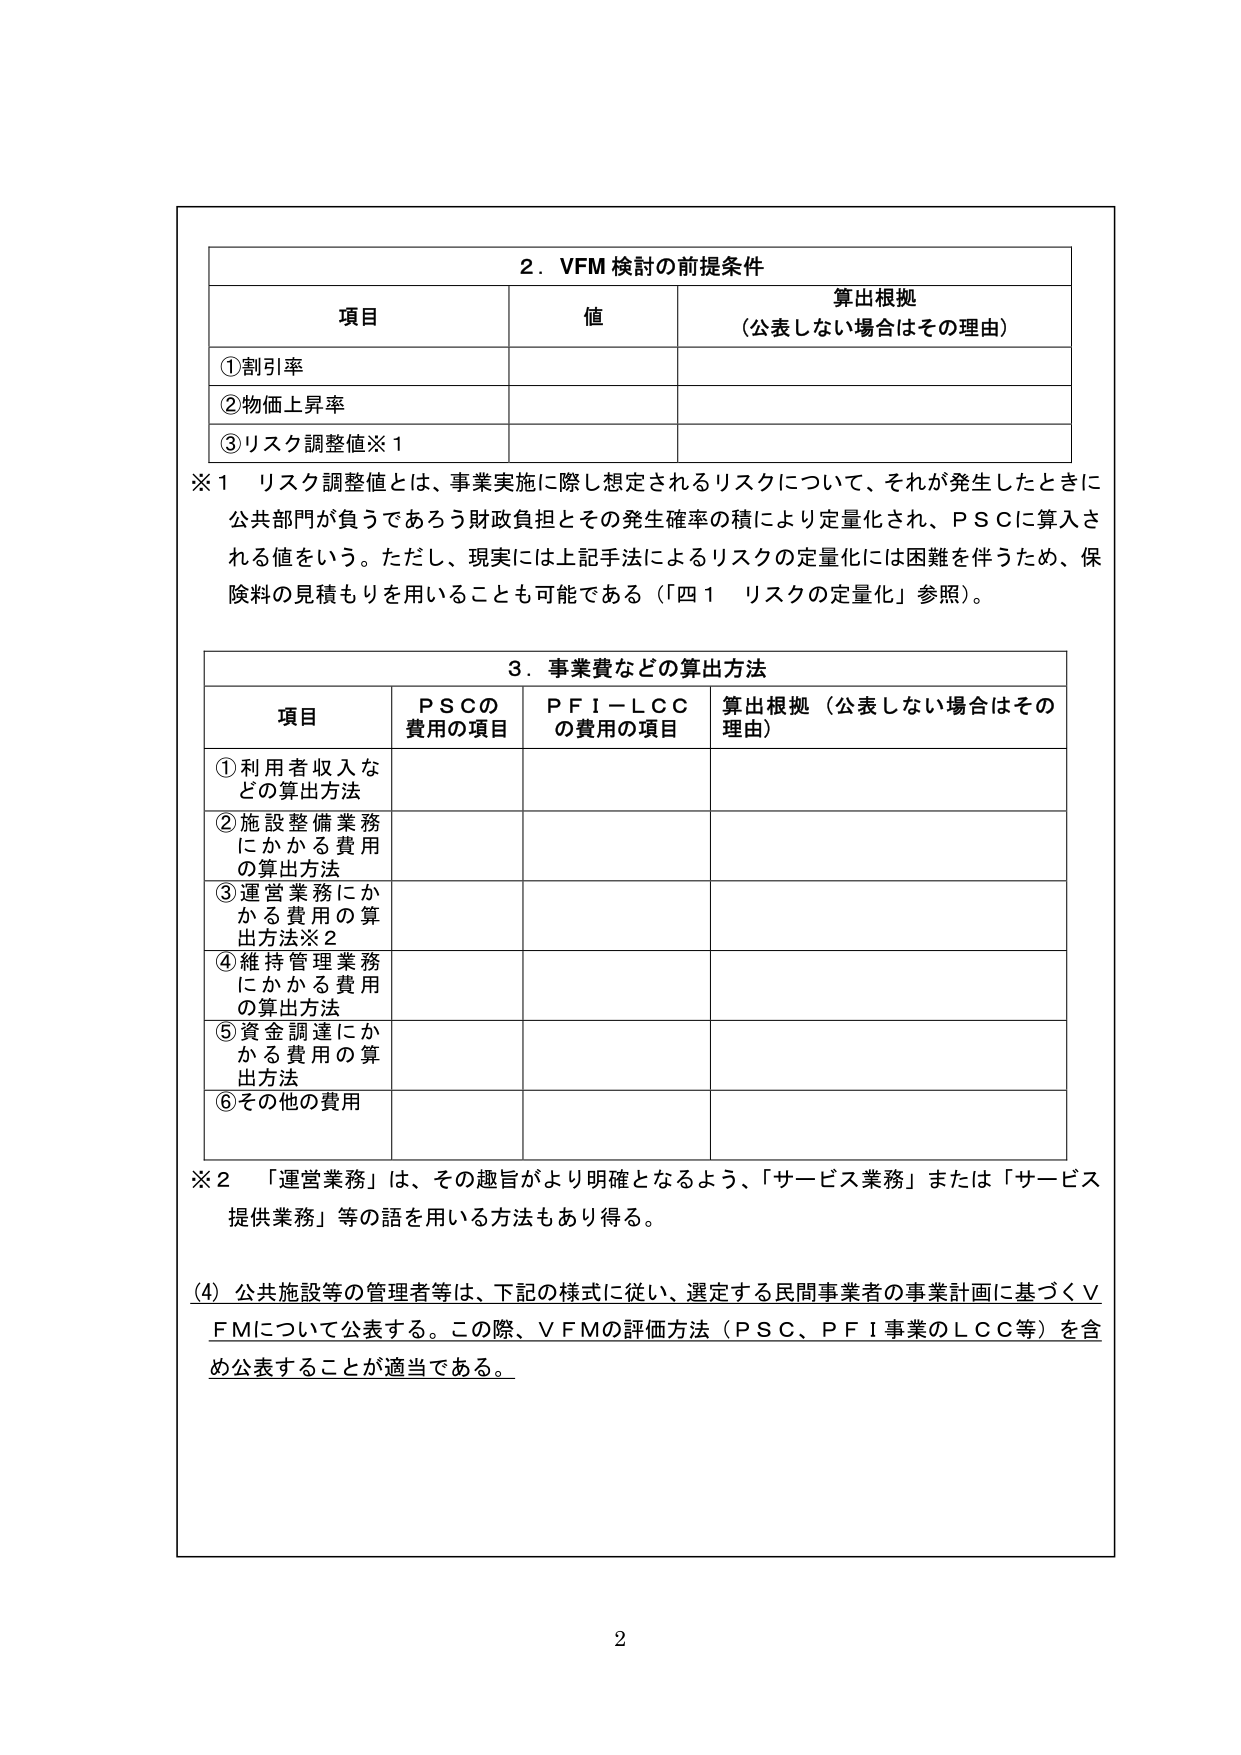
2．VFM 検討の前提条件

項目 値 算出根拠（公表しない場合はその理由）

①割引率

②物価上昇率

③リスク調整値※1

※1 リスク調整値とは、事業実施に際し想定されるリスクについて、それが発生したときに公共部門が負うであろう財政負担とその発生確率の積により定量化され、ＰＳＣに算入される値をいう。ただし、現実には上記手法によるリスクの定量化には困難を伴うため、保険料の見積もりを用いることも可能である（「四１ リスクの定量化」参照）。

3．事業費などの算出方法

項目 ＰＳＣの費用の項目 ＰＦＩ－ＬＣＣの費用の項目 算出根拠（公表しない場合はその理由）

①利用者収入などの算出方法

②施設整備業務にかかる費用の算出方法

③運営業務にかかる費用の算出方法※2

④維持管理業務にかかる費用の算出方法

⑤資金調達にかかる費用の算出方法

⑥その他の費用

※2 「運営業務」は、その趣旨がより明確となるよう、「サービス業務」または「サービス提供業務」等の語を用いる方法もあり得る。

(4) 公共施設等の管理者等は、下記の様式に従い、選定する民間事業者の事業計画に基づくＶＦＭについて公表する。この際、ＶＦＭの評価方法（ＰＳＣ、ＰＦＩ事業のＬＣＣ等）を含め公表することが適当である。

2